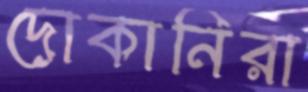
দোকানিরা